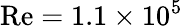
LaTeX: \mathrm{Re}=1.1\times 10^{5}